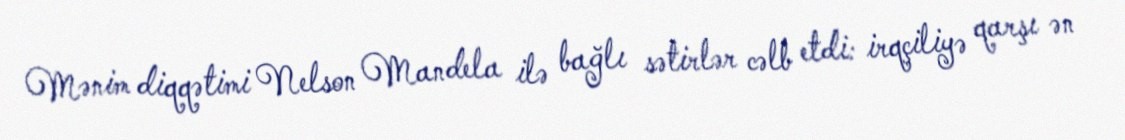
Mənim diqqətimi Nelson Mandela ilə bağlı sətirlər cəlb etdi: irqçiliyə qarşı ən